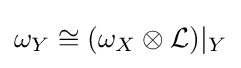
\omega _{Y}\cong (\omega _{X}\otimes {\mathcal {L}})|_{Y}